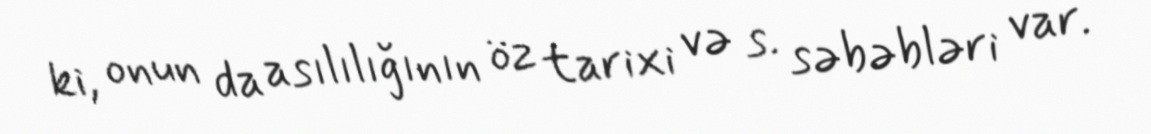
ki, onun da asılılığının öz tarixi və s. səbəbləri var.